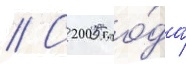
// С 2005 го́да